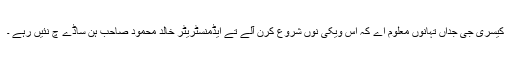
کیسری جی جداں تہانوں معلوم اے کہ اس ویکی نوں شروع کرن آلے تے ایڈمنسٹریٹر خالد محمود صاحب ہن ساڈے چ نئیں رہے ۔